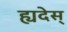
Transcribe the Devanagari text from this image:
ह्यदेस्